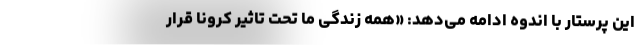
این پرستار با اندوه ادامه می‌دهد: «همه‌ زندگی ما تحت تاثیر کرونا قرار